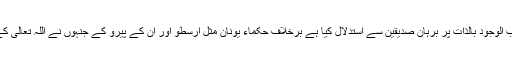
حکماءِ اسلامی اور فلاسفہِ متألہین نے وجود، واقعیت اور واجب الوجود بالذات پر برہان صدیقین سے استدلال کیا ہے برخلاف حکماءِ یونان مثل ارسطو اور ان کے پیرو کے جنہوں نے اللہ تعالی کے وجود پر برہانِ حرکت اور حدوث سے استدلال قائم کیا ہے۔